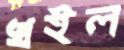
খইল